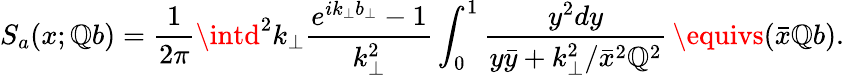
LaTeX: S_{a}(x;\mathbb{Q}b)=\frac{{1}}{{2\pi}}\intd^{2}k_{\perp}{\frac{{e^{ik_{\perp}b_{\perp}}-1}}{{k_{\perp}^{2}}}}\int_{0}^{1}{\frac{{y^{2}dy}}{{y\bar{{y}}+k_{\perp}^{2}/{\bar{{x}}}^{2}\mathbb{Q}^{2}}}}\, \equivs(\bar{{x}}\mathbb{Q}b).